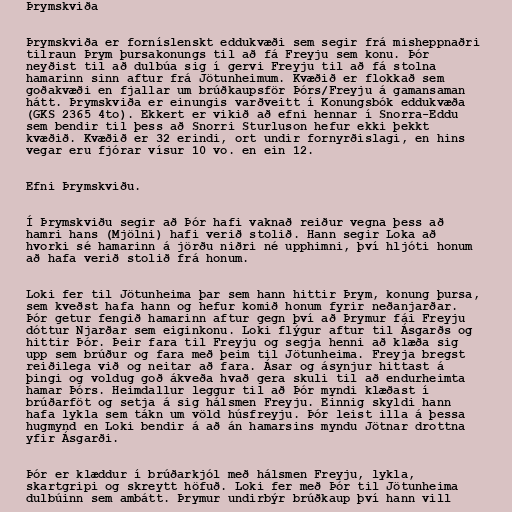
Þrymskviða

Þrymskviða er forníslenskt eddukvæði sem segir frá misheppnaðri
tilraun Þrym þursakonungs til að fá Freyju sem konu. Þór
neyðist til að dulbúa sig í gervi Freyju til að fá stolna
hamarinn sinn aftur frá Jötunheimum. Kvæðið er flokkað sem
goðakvæði en fjallar um brúðkaupsför Þórs/Freyju á gamansaman
hátt. Þrymskviða er einungis varðveitt í Konungsbók eddukvæða
(GKS 2365 4to). Ekkert er vikið að efni hennar í Snorra-Eddu
sem bendir til þess að Snorri Sturluson hefur ekki þekkt
kvæðið. Kvæðið er 32 erindi, ort undir fornyrðislagi, en hins
vegar eru fjórar vísur 10 vo. en ein 12.

Efni Þrymskviðu.

Í Þrymskviðu segir að Þór hafi vaknað reiður vegna þess að
hamri hans (Mjölni) hafi verið stolið. Hann segir Loka að
hvorki sé hamarinn á jörðu niðri né upphimni, því hljóti honum
að hafa verið stolið frá honum.

Loki fer til Jötunheima þar sem hann hittir Þrym, konung þursa,
sem kveðst hafa hann og hefur komið honum fyrir neðanjarðar.
Þór getur fengið hamarinn aftur gegn því að Þrymur fái Freyju
dóttur Njarðar sem eiginkonu. Loki flýgur aftur til Ásgarðs og
hittir Þór. Þeir fara til Freyju og segja henni að klæða sig
upp sem brúður og fara með þeim til Jötunheima. Freyja bregst
reiðilega við og neitar að fara. Ásar og ásynjur hittast á
þingi og voldug goð ákveða hvað gera skuli til að endurheimta
hamar Þórs. Heimdallur leggur til að Þór myndi klæðast í
brúðarföt og setja á sig hálsmen Freyju. Einnig skyldi hann
hafa lykla sem tákn um völd húsfreyju. Þór leist illa á þessa
hugmynd en Loki bendir á að án hamarsins myndu Jötnar drottna
yfir Ásgarði.

Þór er klæddur í brúðarkjól með hálsmen Freyju, lykla,
skartgripi og skreytt höfuð. Loki fer með Þór til Jötunheima
dulbúinn sem ambátt. Þrymur undirbýr brúðkaup því hann vill